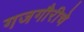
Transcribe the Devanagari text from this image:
गजगौरीचे